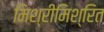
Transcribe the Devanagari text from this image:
मिश्रीमिश्रित